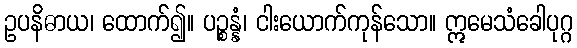
ဥပနိဓာယ၊ ထောက်၍။ ပဉ္စန္နံ၊ ငါးယောက်ကုန်သော။ ဣမေသံခေါပုဂ္ဂ